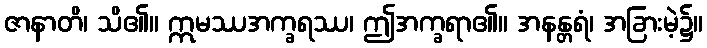
ဇာနာတိ၊ သိ၏။ ဣမဿအက္ခရဿ၊ ဤအက္ခရာ၏။ အနန္တရံ၊ အခြားမဲ့၌။